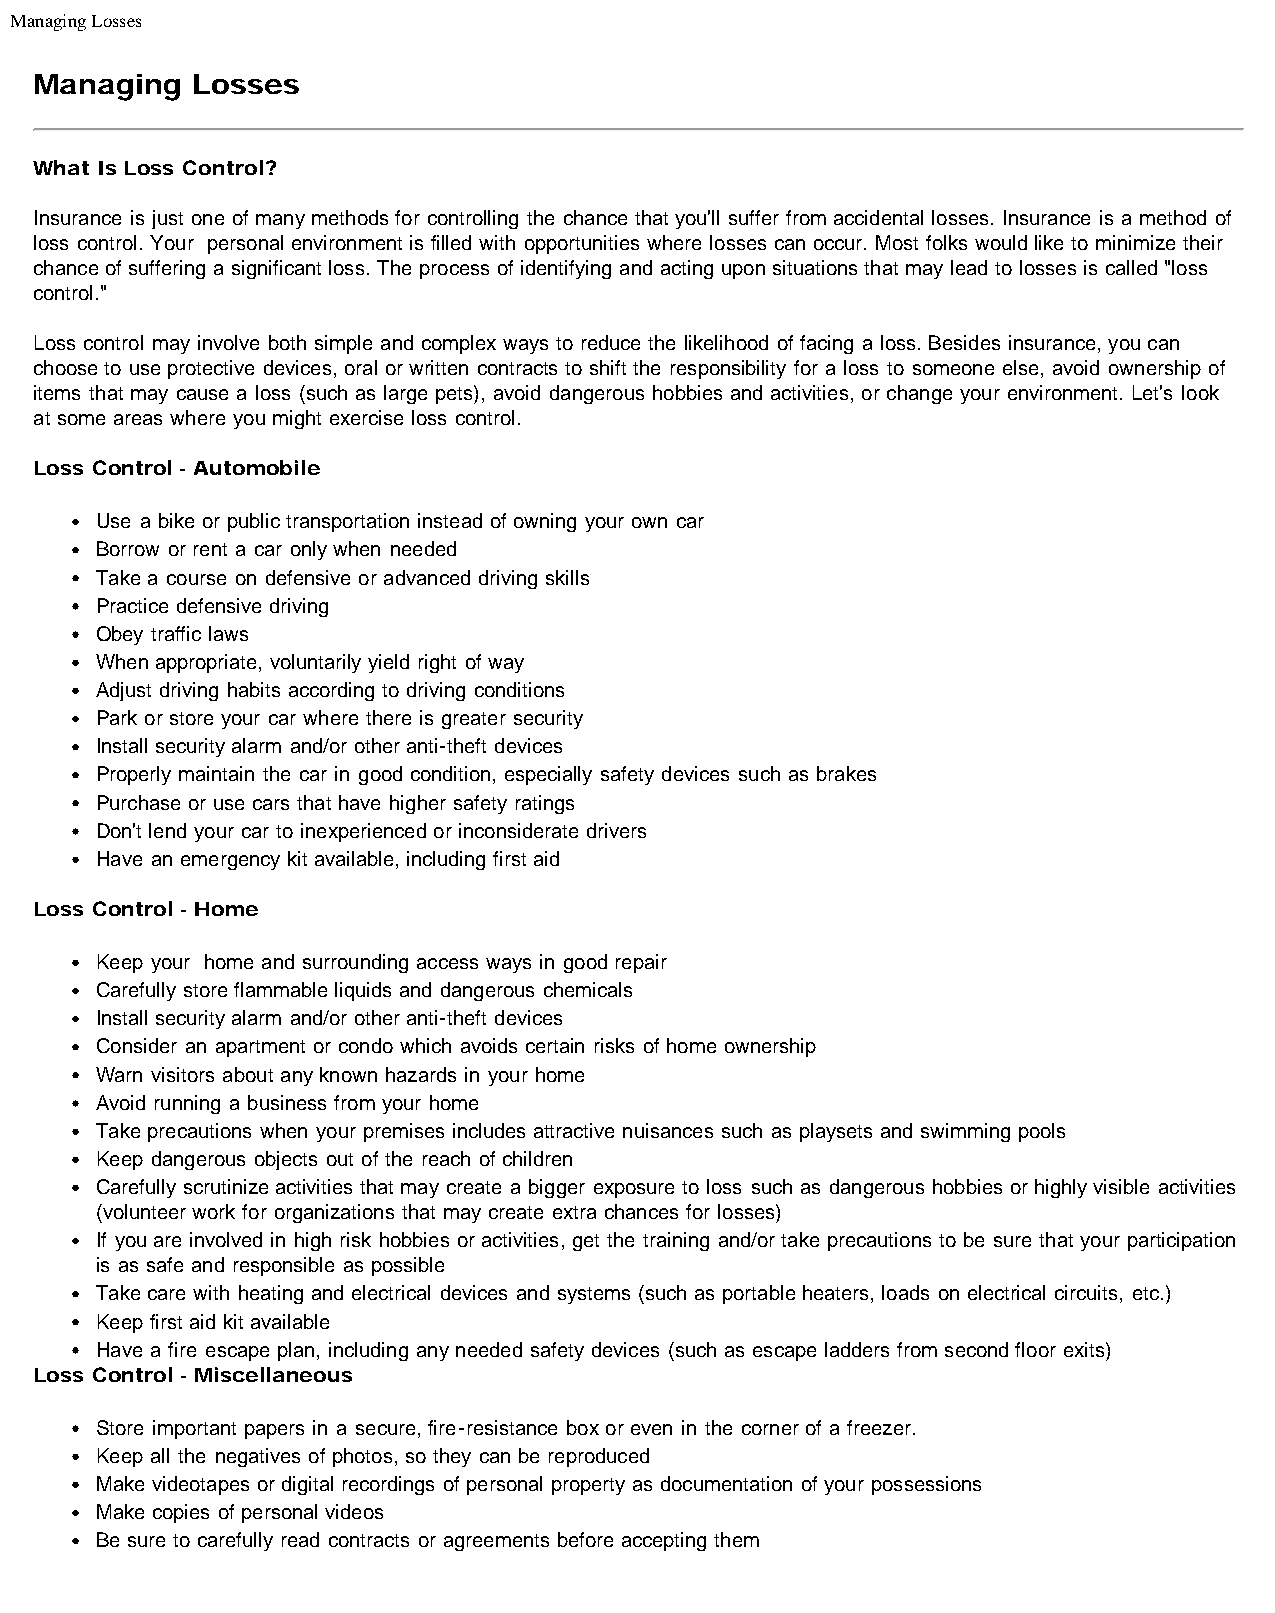
Managing Losses
 Managing   Losses
 What Is Loss Control?
 Insurance is just one of many methods for controlling the chance that you'll suffer from accidental losses. Insurance is a method of
 loss control. Your personal environment is filled with opportunities where losses can occur. Most folks would like to minimize their
 chance of suffering a significant loss. The process of identifying and acting upon situations that may lead to losses is called "loss
 control."
 Loss control may involve both simple and complex ways to reduce the likelihood of facing a loss. Besides insurance, you can
 choose to use protective devices, oral or written contracts to shift the responsibility for a loss to someone else, avoid ownership of
 items that may cause a loss (such as large pets), avoid dangerous hobbies and activities, or change your environment. Let's look
 at some areas where you might exercise loss control.
 Loss Control - Automobile
 Use a bike or public transportation instead of owning your own car
 Borrow or rent a car only when needed
 Take a course on defensive or advanced driving skills
 Practice defensive driving
 Obey traffic laws
 When appropriate, voluntarily yield right of way
 Adjust driving habits according to driving conditions
 Park or store your car where there is greater security
 Install security alarm and/or other anti-theft devices
 Properly maintain the car in good condition, especially safety devices such as brakes
 Purchase or use cars that have higher safety ratings
 Don't lend your car to inexperienced or inconsiderate drivers
 Have an emergency kit available, including first aid
 Loss Control - Home
 Keep your home and surrounding access ways in good repair
 Carefully store flammable liquids and dangerous chemicals
 Install security alarm and/or other anti-theft devices
 Consider an apartment or condo which avoids certain risks of home ownership
 Warn visitors about any known hazards in your home
 Avoid running a business from your home
 Take precautions when your premises includes attractive nuisances such as playsets and swimming pools
 Keep dangerous objects out of the reach of children
 Carefully scrutinize activities that may create a bigger exposure to loss such as dangerous hobbies or highly visible activities
 (volunteer work for organizations that may create extra chances for losses)
 If you are involved in high risk hobbies or activities, get the training and/or take precautions to be sure that your participation
 is as safe and responsible as possible
 Take care with heating and electrical devices and systems (such as portable heaters, loads on electrical circuits, etc.)
 Keep first aid kit available
 Have a fire escape plan, including any needed safety devices (such as escape ladders from second floor exits)
 Loss Control - Miscellaneous
 Store important papers in a secure, fire-resistance box or even in the corner of a freezer.
 Keep all the negatives of photos, so they can be reproduced
 Make videotapes or digital recordings of personal property as documentation of your possessions
 Make copies of personal videos
 Be sure to carefully read contracts or agreements before accepting them
 file:///C|/Users/Stefan/Desktop/ConvertedPDFs/199f005.htm[5/12/2011 1:47:14 PM]